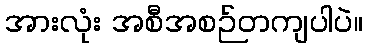
အားလုံး အစီအစဉ်တကျပါပဲ။